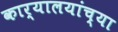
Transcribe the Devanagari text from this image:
कार्यालयांच्या